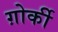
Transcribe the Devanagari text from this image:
ग़ोर्की